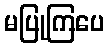
မပြုကြပေ